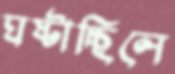
ঘষ্‌টাচ্ছিলে